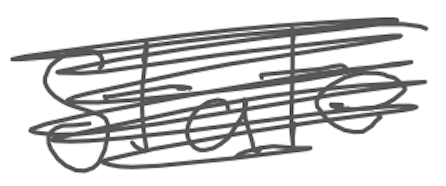
Text: State
Cross-out: scratch
Writing tool: digital_gray